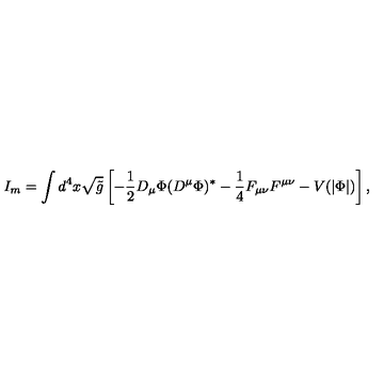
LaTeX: I _ { m } = \int d ^ { 4 } x \sqrt { { \tilde { g } } } \left[ - \frac { 1 } { 2 } D _ { \mu } \Phi ( D ^ { \mu } \Phi ) ^ { * } - \frac { 1 } { 4 } F _ { \mu \nu } F ^ { \mu \nu } - V ( | \Phi | ) \right] ,